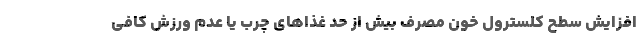
افزایش سطح کلسترول خون مصرف بیش از حد غذا‌های چرب یا عدم ورزش کافی